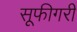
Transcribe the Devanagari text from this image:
सूफीगरी